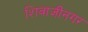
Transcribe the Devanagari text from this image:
शिवाजींनगर